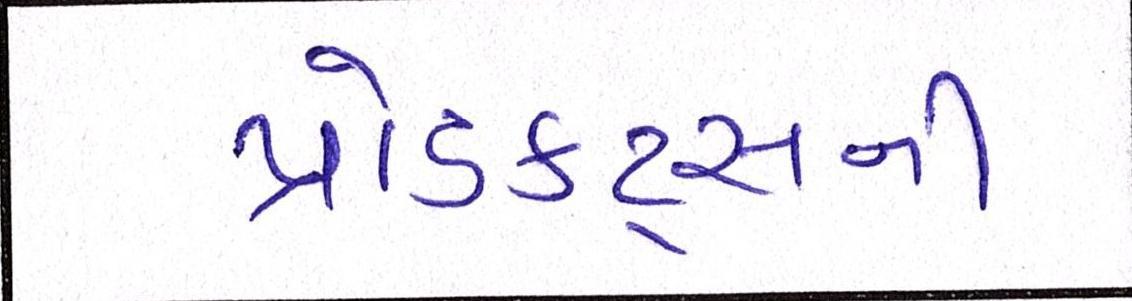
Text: પ્રોડક્ટ્સની